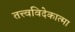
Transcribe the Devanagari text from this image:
तत्त्वविदेकात्मा